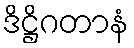
ဒိဋ္ဌိဂတာနံ